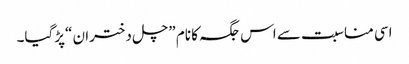
اسی مناسبت سے اس جگہ کا نام ”چل دختران “پڑگیا۔